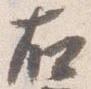
右